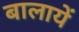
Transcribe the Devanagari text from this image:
बालायें